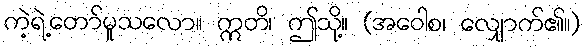
ကဲ့ရဲ့တော်မူသလော။ ဣတိ၊ ဤသို့။ (အဝေါစ၊ လျှောက်၏။)